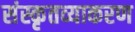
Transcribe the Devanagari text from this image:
संस्कृतव्याकरण